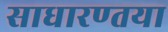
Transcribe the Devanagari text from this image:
साधारण्तया